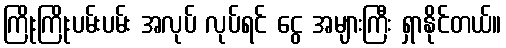
ကြိုးကြိုးပမ်းပမ်း အလုပ် လုပ်ရင် ငွေ အများကြီး ရှာနိုင်တယ်။